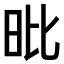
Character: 𣅪